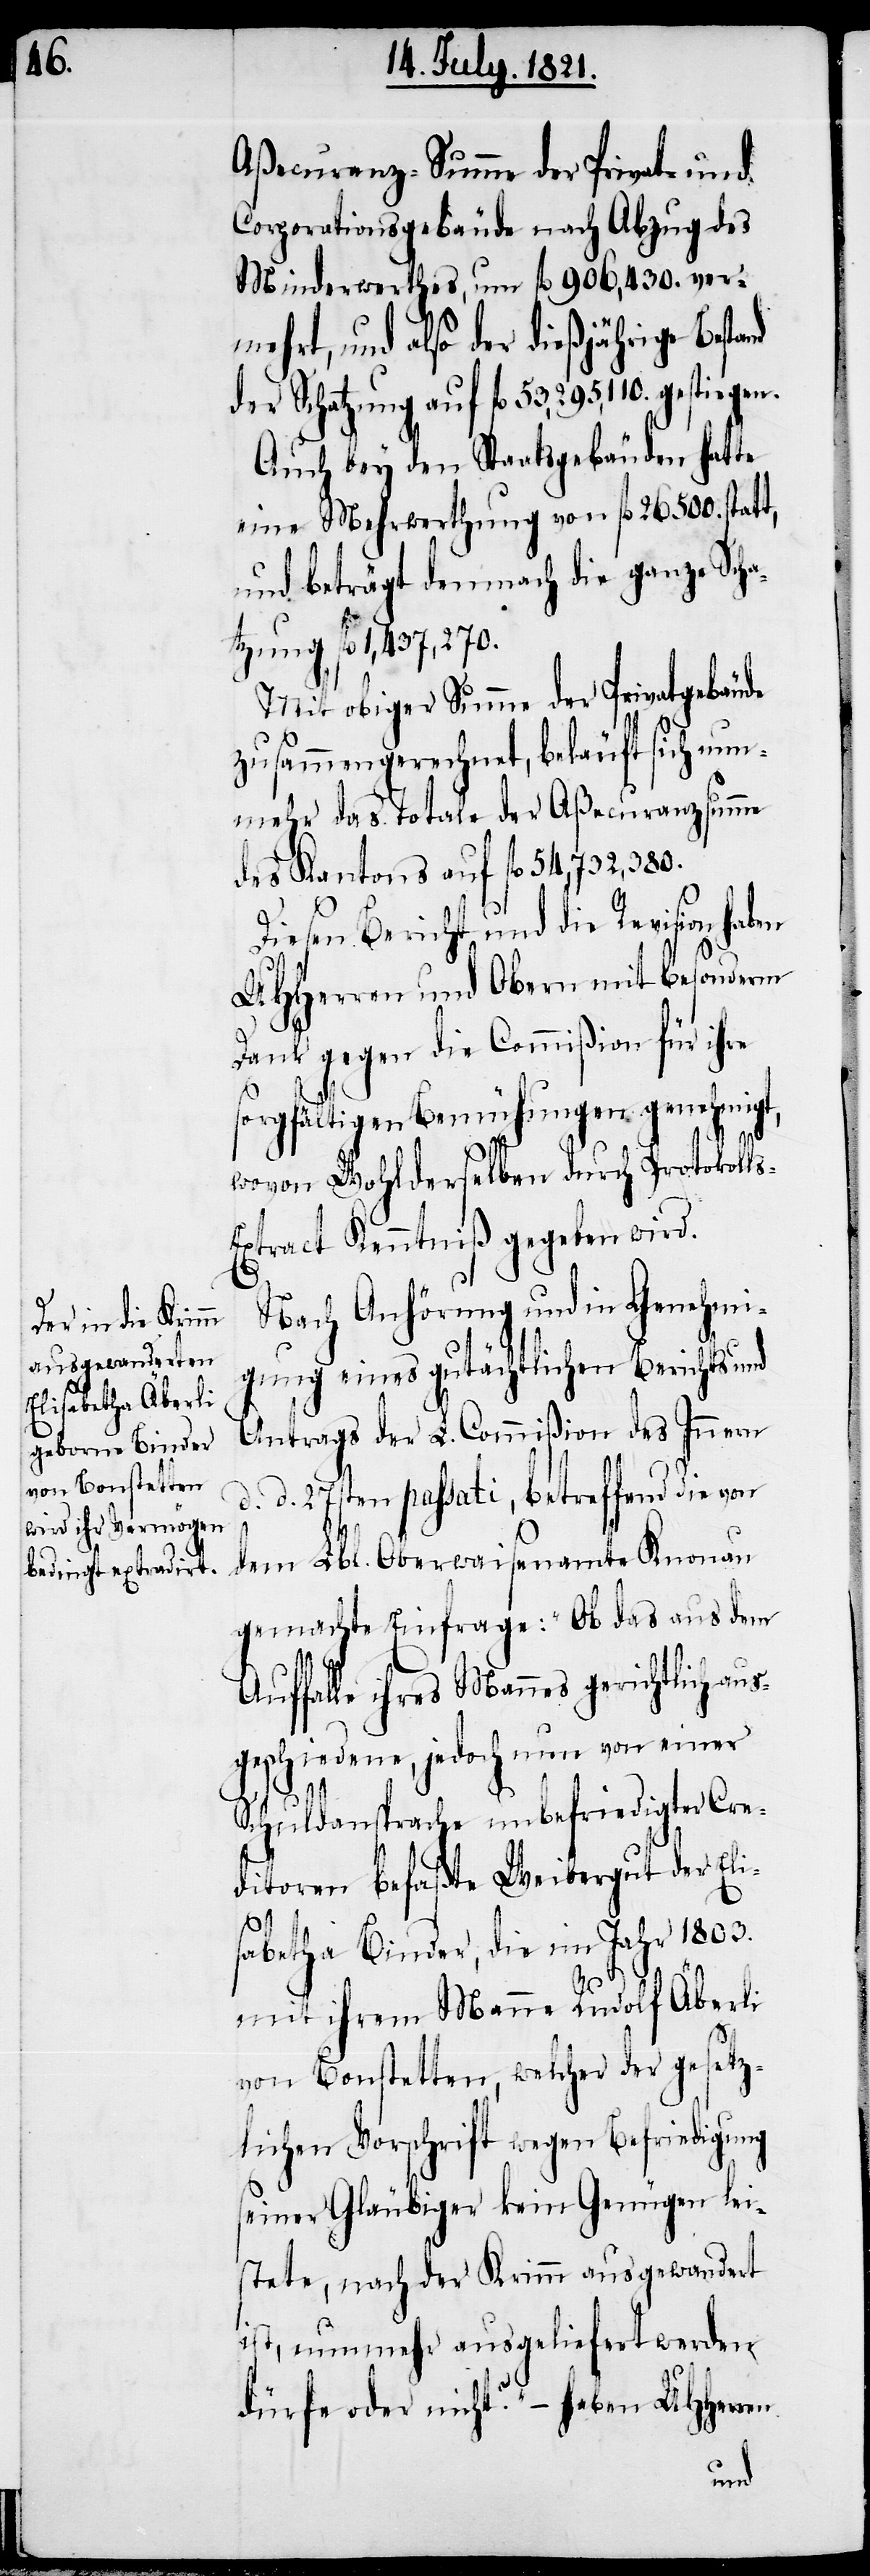
Aßecuranz-Summe der Privat- und
Corporationsgebäude nach Abzug des
Minderwerthes, um fl. 906,430. ver¬
mehrt, und also der dießjährige Besta¬
der Schatzung auf fl. 53,295,110. gestiegen.
Auch bey den Staatsgebäuden hatte
eine Mehrwerthung von fl. 26 500. statt,
und beträgt demnach die ganze Scha¬
tzung fl. 1,437,270.
Mit obiger Summe der Privatgebäude
zusammengerechnet, beläuft sich nun¬
mehr das Totale der Aßecuranzsumme
des Kantons auf fl. 54,732,380.
Diesen Bericht und die Revision haben
UHHerren und Obern mit besonderm
Dank gegen die Commißion für ihre
sorgfältigen Bemühungen genehmigt,
wovon Wohlderselben durch Protokoll¬
xtract Kenntniß gegeben wird.
Nach Anhörung und in Genehmi¬
gung eines gutächtlichen Berichts und
Antrags der L. Commißion des Innern
d. d. 27sten passati, betreffend die von
dem Lbl. Oberwaisenamte Knonau
gemachte Einfrage: „Ob das aus dem
Auffalle ihres Mannes gerichtlich au¬
sgeschiedene, jedoch nun von einer
s-E¬
Schuldansprache unbefriedigter Cre¬
ditoren befaßte Weibergut der Eli¬
sabetha Binder, die im Jahr 1803.
mit ihrem Manne Rudolf Äberli
von Bonstetten, welcher der gesetz¬
lichen Vorschrift wegen Befriedigung
seiner Gläubiger kein Genügen lei¬
stete, nach der Krimm ausgewandert
ist, nunmehr ausgeliefert werden
dürfe oder nicht?“ – haben UHHerr¬
en